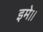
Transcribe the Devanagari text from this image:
इमे।।